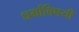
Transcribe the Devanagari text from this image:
धर्माविषयी